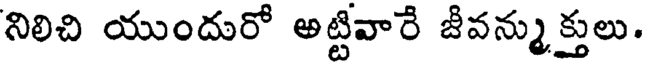
నిలిచి యుందురో అట్టివారే జీవన్ముక్తులు.